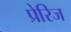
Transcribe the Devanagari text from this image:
प्रेरिज